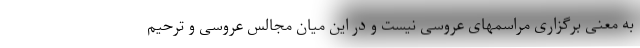
به معنی برگزاری مراسمهای عروسی نیست و در این میان مجالس عروسی و ترحیم